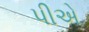
પીએ